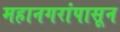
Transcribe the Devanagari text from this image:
महानगरांपासून